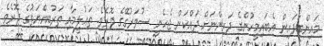
މައިންބަފައިން އެބައިމީހުންގެ ދަރިންނަށް ދައްކަން ޖެހެނީ ސުވަރުގޭގެ ދޮރެވެ. ތަޢުލީމާއި ތަރުބިއްޔަތުގެ ދޮރެވެ.